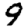
Digit: 9